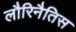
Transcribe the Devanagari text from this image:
लौरिनैतिस